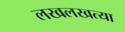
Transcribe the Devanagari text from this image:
लखलखत्या